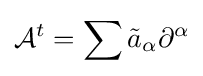
{\mathcal {A}}^{t}=\sum {\tilde {a}}_{\alpha }\partial ^{\alpha }